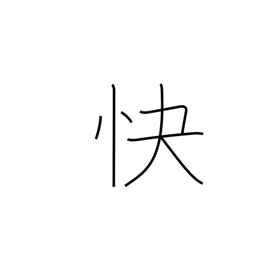
Meaning: cheerful